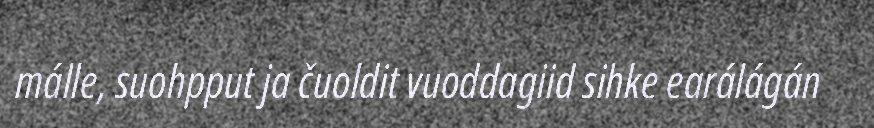
málle, suohpput ja čuoldit vuoddagiid sihke earálágán